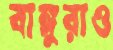
বাঙ্গুরাও